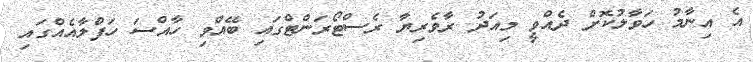
އެ އިނާމު ހަވާލުކޮށް ދެއްވީ މިއަދު ރާވެރިޔާ ރެސްޓޯރަންޓްގައި ބޭއްވި ހާއްސަ ހަފްލާއެއްގައި